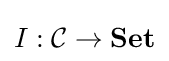
I:{\mathcal {C}}\to {\textbf {Set}}